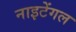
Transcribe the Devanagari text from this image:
नाइटेंगल